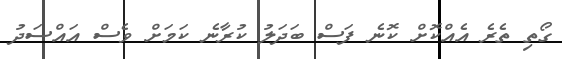
ގޯތި ތެރެ އެއްކޮށް ކޮނެ ފަސް ބަދަލު ކުރާނެ ކަމަށް ވެސް އައްސަދު